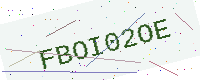
Text: FBOI02OE